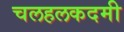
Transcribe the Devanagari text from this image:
चलहलकदमी